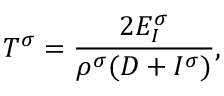
T ^ { \sigma } = \frac { 2 E _ { I } ^ { \sigma } } { \rho ^ { \sigma } ( D + I ^ { \sigma } ) } ,